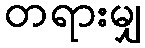
တရားမျှ